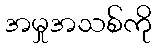
အမှုအသစ်ကို